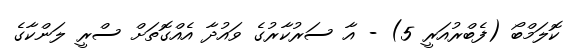
ކޮލަމްބޯ (ފެބްރުއަރީ 5) - އާ ސަރުކާރުގެ ވައުދާ އެއްގޮތަށް ސްރީ ލަންކާގެ